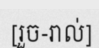
[រួច-រាល់]